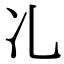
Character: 𠖬